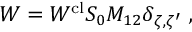
W = W ^ { \mathrm { c l } } S _ { 0 } M _ { 1 2 } \delta _ { \zeta , \zeta ^ { \prime } } \; ,